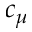
c _ { \mu }